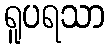
ရူပရသာ